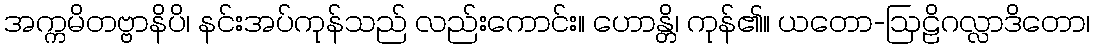
အက္ကမိတဗ္ဗာနိပိ၊ နင်းအပ်ကုန်သည် လည်းကောင်း။ ဟောန္တိ၊ ကုန်၏။ ယတော-ဩဠိဂလ္လာဒိတော၊